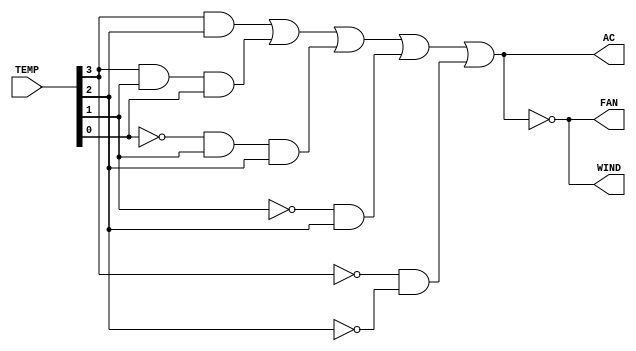
module AFW_cont(TEMP,FAN,AC,WIND);
input [3:0]TEMP;//a
output reg FAN,AC,WIND;
wire [3:0] low_ac;
wire w0,w1,w2,w3,w4,w5,w6,w7,w8;
not n0(w5,TEMP[0]);
not n1(w6,TEMP[1]);
not n2(w7,TEMP[3]);
not n3(w8,TEMP[2]);
and a0(w0, TEMP[3],TEMP[2]);
and a1(w1, TEMP[3],TEMP[1],TEMP[0]);
and a2(w2, w5, TEMP[1],TEMP[2]);
and a3(w3, w6, TEMP[2]);
and a4(w4, w7, w8);
or o0(AC,w0,w1,w2,w3,w4);
not n4 (FAN,AC);
not n5 (WIND,AC);
endmodule